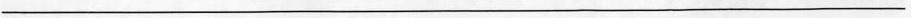
___